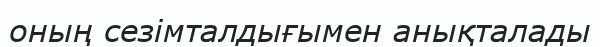
оның сезімталдығымен анықталады